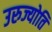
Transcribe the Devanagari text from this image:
उरुज्योति